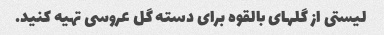
لیستی از گلهای بالقوه برای دسته گل عروسی تهیه کنید.